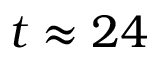
t \approx 2 4